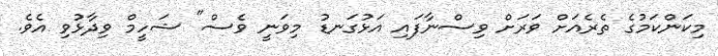
މިކަންކަމުގެ ތެރެއަށް ވަރަށް ވިސްނާފައި އަޅުގަނޑު މިވަނީ ވެސް" ޝަހީމް ވިދާޅުވި އެވެ.